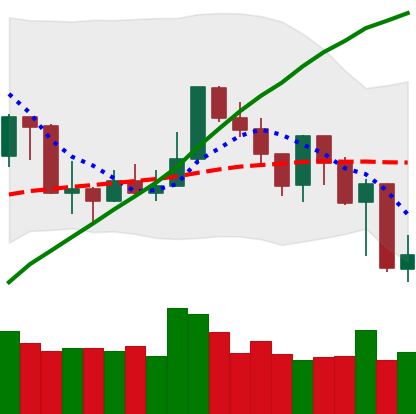
Ticker: XMR-USD
Chart end date: 2019-07-17
Forward return: 8.793%
Label: up_7plus